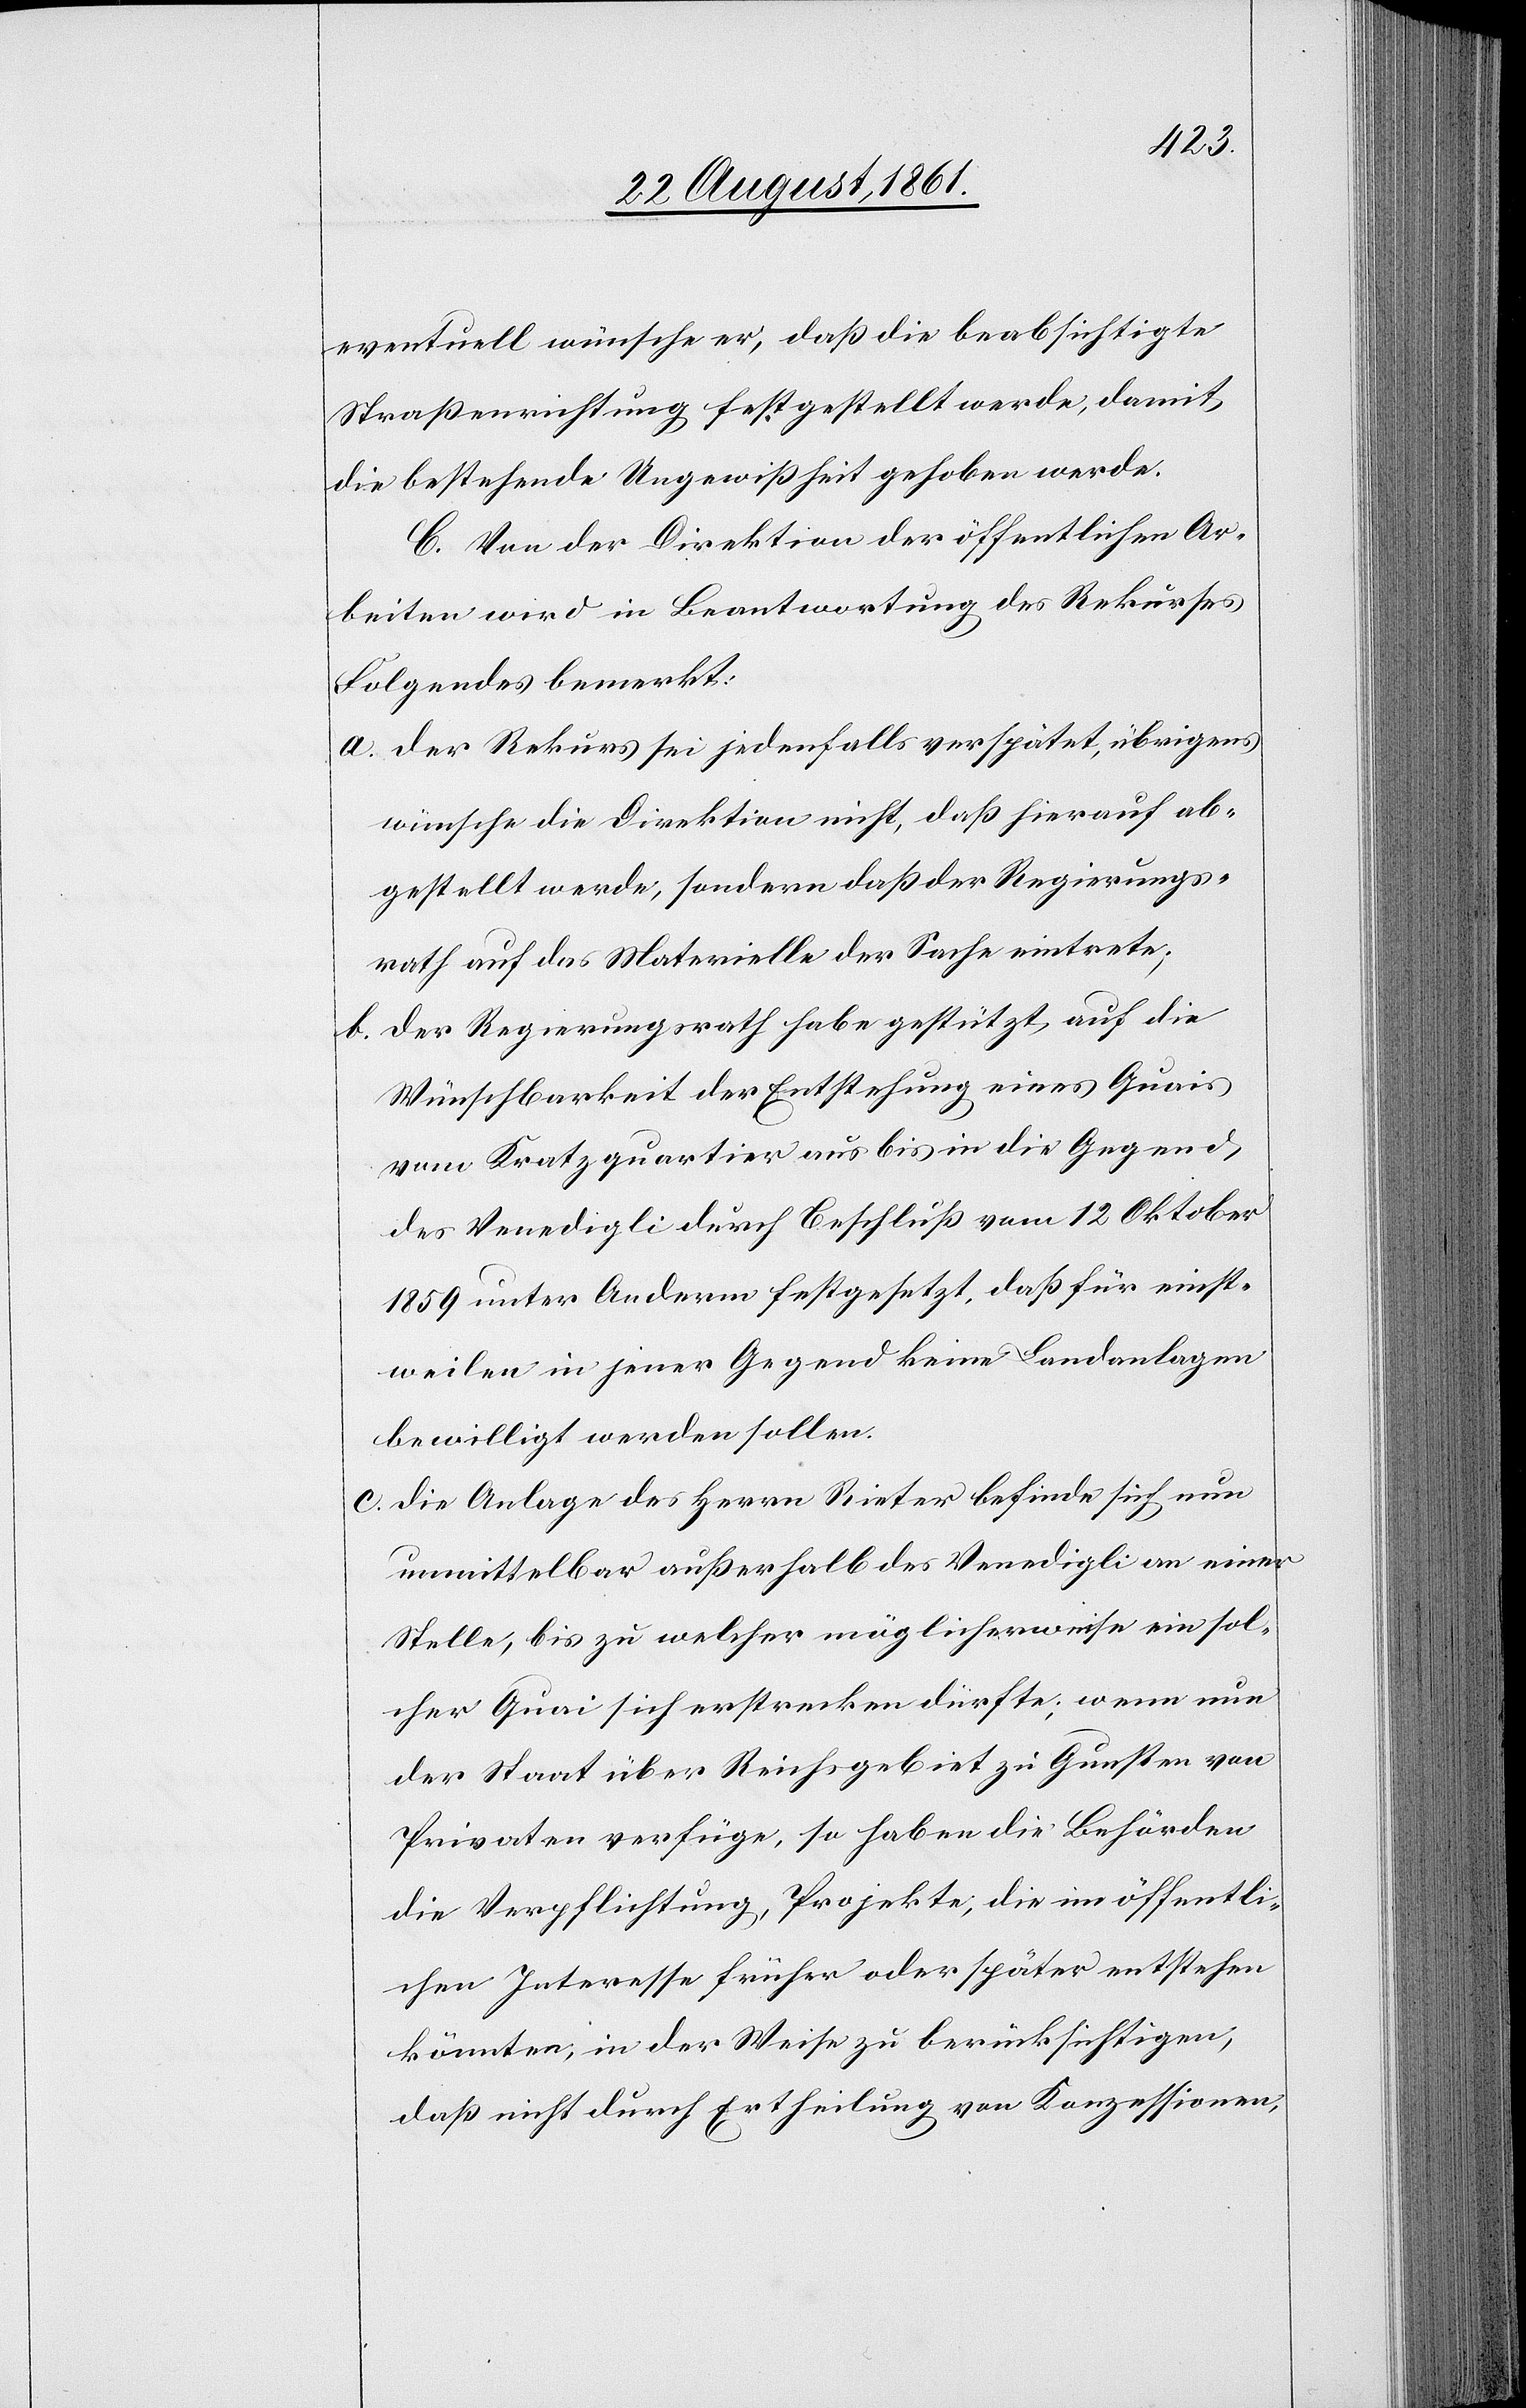
eventuell wünsche er, daß die beabsichtigte
Straßeneinrichtung festgestellt werde, damit
die bestehende Ungewißheit gehoben werde.
C. Von der Direktion der öffentlichen Ar¬
beiten wird in Beantwortung des Rekurses
Folgendes bemerkt:
a. Der Rekurs sei jedenfalls verspätet, übrigens
wünsche die Direktion nicht, daß hierauf ab¬
gestellt werde, sondern daß der Regierungs¬
rath auf das Materielle der Sache eintrete;
b. der Regierungsrath habe gestützt auf die
Wünschbarkeit der Entstehung eines Quais
vom Kratzquartier aus bis in die Gegend
des Venedigli durch Beschluß vom 12 Oktober
1859 unter Anderm festgesetzt, daß für einst¬
weilen in jener Gegend keine Landanlagen
bewilligt werden sollen.
c. die Anlage des Herrn Rieter befinde sich nun
unmittelbar außerhalb des Venedigli an einer
Stelle, bis zu welcher möglicherweise ein sol¬
cher Quai sich erstrecken dürfte; wenn nun
der Staat über Reichsgebiet zu Gunsten von
Privaten verfüge, so haben die Behörden
die Verpflichtung, Projekte, die im öffentli¬
chen Interesse früher oder später entstehen
könnten, in der Weise zu berücksichtigen,
daß nicht durch Ertheilung von Konzessionen,